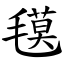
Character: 氁